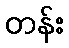
တန်း